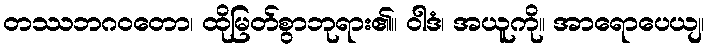
တဿဘဂဝတော၊ ထိုမြတ်စွာဘုရား၏။ ဝါဒံ၊ အယူကို။ အာရောပေယျ၊